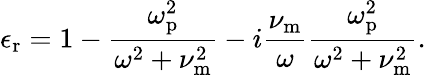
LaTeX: \epsilon_{\mathrm{r}}=1-\frac{\omega_{\mathrm{p}}^{2}}{\omega^{2}+\nu_{\mathrm{m}}^{2}}-i\frac{\nu_{\mathrm{m}}}{\omega}\frac{\omega_{\mathrm{p}}^{2}}{\omega^{2}+\nu_{\mathrm{m}}^{2}}.